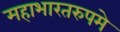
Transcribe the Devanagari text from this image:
महाभारतरुपमे